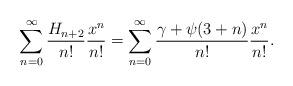
LaTeX: \begin{align*}\sum_{n=0}^{\infty}\frac{H_{n+2}}{n!}\frac{x^n}{n!}=\sum_{n=0}^{\infty} \frac{\gamma+\psi(3+n)}{n!}\frac{x^n}{n!}.\end{align*}